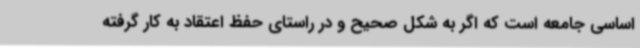
اساسی جامعه است که اگر به شکل صحیح و در راستای حفظ اعتقاد به کار گرفته